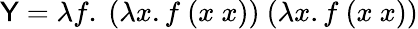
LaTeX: {\textsf{Y}}=\lambda f.\ (\lambda x.f\ (x\ x))\ (\lambda x.f\ (x\ x))